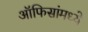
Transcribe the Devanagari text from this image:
ऑफिसांमध्ये